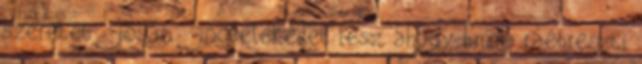
szeretet jóság jócselekedet lesz, ahogy Emma ráébreszti